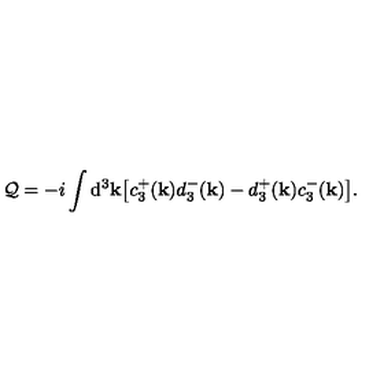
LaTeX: { \cal Q } = - i \int \mathrm { d } ^ { 3 } { \bf k } \big [ c _ { 3 } ^ { + } ( { \bf k } ) d _ { 3 } ^ { - } ( { \bf k } ) - d _ { 3 } ^ { + } ( { \bf k } ) c _ { 3 } ^ { - } ( { \bf k } ) \big ] .